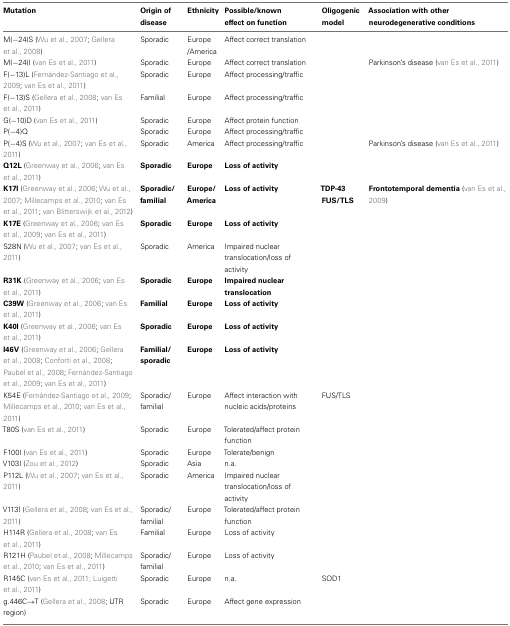
<table><thead><tr><td><b>Mutation</b></td><td><b>Origin of disease</b></td><td><b>Ethnicity</b></td><td><b>Possible/knowneffect on function</b></td><td><b>Oligogenic model</b></td><td><b>Association with other neurodegenerative conditions</b></td></tr></thead><tbody><tr><td>M(−24)S (Wu et al., 2007; Gellera et al., 2008)</td><td>Sporadic</td><td>Europe /America</td><td>Affect correct translation</td><td></td><td></td></tr><tr><td>M(−24)I (van Es et al., 2011)</td><td>Sporadic</td><td>Europe</td><td>Affect correct translation</td><td></td><td>Parkinson’s disease (van Es et al., 2011)</td></tr><tr><td>F(−13)L (Fernández-Santiago et al., 2009; van Es et al., 2011)</td><td>Sporadic</td><td>Europe</td><td>Affect processing/traffic</td><td></td><td></td></tr><tr><td>F(−13)S (Gellera et al., 2008; van Es et al., 2011)</td><td>Familial</td><td>Europe</td><td>Affect processing/traffic</td><td></td><td></td></tr><tr><td>G(−10)D (van Es et al., 2011)</td><td>Sporadic</td><td>Europe</td><td>Affect protein function</td><td></td><td></td></tr><tr><td>P(−4)Q</td><td>Sporadic</td><td>Europe</td><td>Affect processing/traffic</td><td></td><td></td></tr><tr><td>P(−4)S (Wu et al., 2007; van Es et al., 2011)</td><td>Sporadic</td><td>America</td><td>Affect processing/traffic</td><td></td><td>Parkinson’s disease (van Es et al., 2011)</td></tr><tr><td><b>Q12L</b> (Greenway et al., 2006; van Es et al., 2011)</td><td><b>Sporadic</b></td><td><b>Europe</b></td><td><b>Loss of activity</b></td><td></td><td></td></tr><tr><td><b>K17I</b> (Greenway et al., 2006; Wu et al., 2007; Millecamps et al., 2010; van Es et al., 2011; van Blitterswijk et al., 2012)</td><td><b>Sporadic/ familial</b></td><td><b>Europe/ America</b></td><td><b>Loss of activity</b></td><td><b>TDP-43 FUS/TLS</b></td><td><b>Frontotemporal dementia</b> (van Es et al., 2009)</td></tr><tr><td><b>K17E</b> (Greenway et al., 2006; van Es et al., 2009; van Es et al., 2011)</td><td><b>Sporadic</b></td><td><b>Europe</b></td><td><b>Loss of activity</b></td><td></td><td></td></tr><tr><td>S28N (Wu et al., 2007; van Es et al., 2011)</td><td>Sporadic</td><td>America</td><td>Impaired nuclear translocation/loss of activity</td><td></td><td></td></tr><tr><td><b>R31K</b> (Greenway et al., 2006; van Es et al., 2011)</td><td><b>Sporadic</b></td><td><b>Europe</b></td><td><b>Impaired nuclear translocation</b></td><td></td><td></td></tr><tr><td><b>C39W</b> (Greenway et al., 2006; van Es et al., 2011)</td><td><b>Familial</b></td><td><b>Europe</b></td><td><b>Loss of activity</b></td><td></td><td></td></tr><tr><td><b>K40I</b> (Greenway et al., 2006; van Es et al., 2011)</td><td><b>Sporadic</b></td><td><b>Europe</b></td><td><b>Loss of activity</b></td><td></td><td></td></tr><tr><td><b>I46V</b> (Greenway et al., 2006; Gellera et al., 2008; Conforti et al., 2008; Paubel et al., 2008; Fernández-Santiago et al., 2009; van Es et al., 2011)</td><td><b>Familial/ sporadic</b></td><td><b>Europe</b></td><td><b>Loss of activity</b></td><td></td><td></td></tr><tr><td>K54E (Fernández-Santiago et al., 2009; Millecamps et al., 2010; van Es et al., 2011)</td><td>Sporadic/ familial</td><td>Europe</td><td>Affect interaction with nucleic acids/proteins</td><td>FUS/TLS</td><td></td></tr><tr><td>T80S (van Es et al., 2011)</td><td>Sporadic</td><td>Europe</td><td>Tolerated/affect protein function</td><td></td><td></td></tr><tr><td>F100I (van Es et al., 2011)</td><td>Sporadic</td><td>Europe</td><td>Tolerate/benign</td><td></td><td></td></tr><tr><td>V103I (Zou et al., 2012)</td><td>Sporadic</td><td>Asia</td><td>n.a.</td><td></td><td></td></tr><tr><td>P112L (Wu et al., 2007; van Es et al., 2011)</td><td>Sporadic</td><td>America</td><td>Impaired nuclear translocation/loss of activity</td><td></td><td></td></tr><tr><td>V113I (Gellera et al., 2008; van Es et al., 2011)</td><td>Sporadic/ familial</td><td>Europe</td><td>Tolerated/affect protein function</td><td></td><td></td></tr><tr><td>H114R (Gellera et al., 2008; van Es et al., 2011)</td><td>Familial</td><td>Europe</td><td>Loss of activity</td><td></td><td></td></tr><tr><td>R121H (Paubel et al., 2008; Millecamps et al., 2010; van Es et al., 2011)</td><td>Sporadic/ familial</td><td>Europe</td><td>Loss of activity</td><td></td><td></td></tr><tr><td>R145C (van Es et al., 2011; Luigetti et al. 2011)</td><td>Sporadic</td><td>Europe</td><td>n.a.</td><td>SOD1</td><td></td></tr><tr><td>g.446C→T (Gellera et al., 2008; UTR region)</td><td>Sporadic</td><td>Europe</td><td>Affect gene expression</td><td></td><td></td></tr></tbody></table>